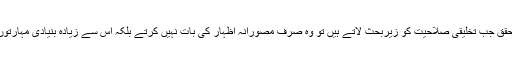
سٹرنبرگ جیسے محقق جب تخلیقی صلاحیت کو زیربحث لاتے ہیں تو وہ صرف مصورانہ اظہار کی بات نہیں کرتے بلکہ اس سے زیادہ بنیادی مہارتوں کا ذکر کرتے ہیں۔